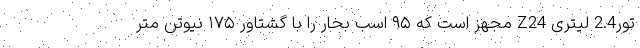
تور2.4 لیتری Z24 مجهز است که ۹۵ اسب بخار را با گشتاور ۱۷۵ نیوتن متر